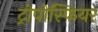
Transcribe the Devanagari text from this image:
ट्रोपोस्फियर